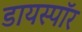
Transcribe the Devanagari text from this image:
डायस्पॉर